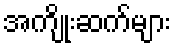
အကျိုးဆက်များ